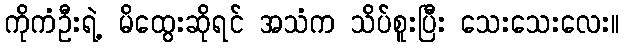
ကိုကံဦးရဲ့ မိထွေးဆိုရင် အသံက သိပ်စူးပြီး သေးသေးလေး။